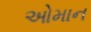
ઓમાન